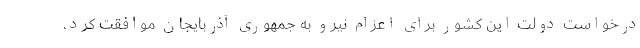
درخواست دولت این کشور برای اعزام نیرو به جمهوری آذربایجان موافقت کرد.